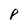
Character: P